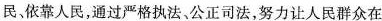
民，依靠人民，通过严格执法、公正司法，努力让人民群众在